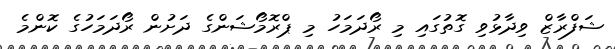
ޝަފްރާޒް ވިދާޅުވި ގޮތުގައި މި ރޯދަމަހު މި ޕްރޮމޯޝަންގެ ދަށުން ރޯދަމަހުގެ ކޮންމެ